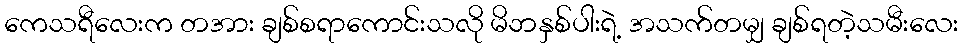
ကေသရီလေးက တအား ချစ်စရာကောင်းသလို မိဘနှစ်ပါးရဲ့ အသက်တမျှ ချစ်ရတဲ့သမီးလေး